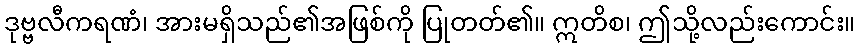
ဒုဗ္ဗလီကရဏံ၊ အားမရှိသည်၏အဖြစ်ကို ပြုတတ်၏။ ဣတိစ၊ ဤသို့လည်းကောင်း။